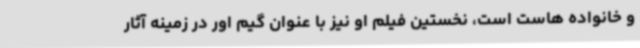
و خانواده هاست است، نخستین فیلم او نیز با عنوان گیم اور در زمینه آثار